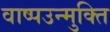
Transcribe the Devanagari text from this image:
वाष्पउन्मुक्ति